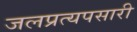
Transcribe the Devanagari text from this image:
जलप्रत्यपसारी